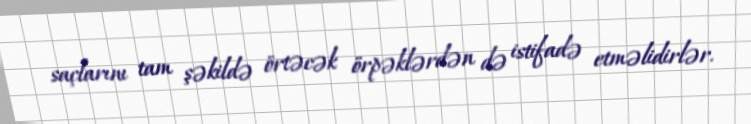
saçlarını tam şəkildə örtəcək örpəklərdən də istifadə etməlidirlər.